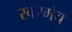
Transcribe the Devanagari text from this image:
स्वरमंच